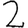
Digit: 2